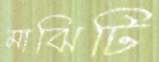
মাঝিটি